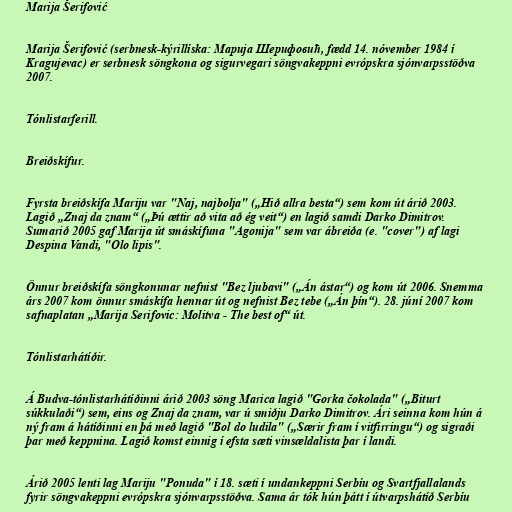
Marija Šerifović

Marija Šerifović (serbnesk-kýrillíska: Марија Шерифовић, fædd 14. nóvember 1984 í
Kragujevac) er serbnesk söngkona og sigurvegari söngvakeppni evrópskra sjónvarpsstöðva
2007.

Tónlistarferill.

Breiðskífur.

Fyrsta breiðskífa Mariju var "Naj, najbolja" („Hið allra besta“) sem kom út árið 2003.
Lagið „Znaj da znam“ („Þú ættir að vita að ég veit“) en lagið samdi Darko Dimitrov.
Sumarið 2005 gaf Marija út smáskífuna "Agonija" sem var ábreiða (e. "cover") af lagi
Despina Vandi, "Olo lipis".

Önnur breiðskífa söngkonunar nefnist "Bez ljubavi" („Án ástar“) og kom út 2006. Snemma
árs 2007 kom önnur smáskífa hennar út og nefnist Bez tebe („Án þín“). 28. júní 2007 kom
safnaplatan „Marija Serifovic: Molitva - The best of“ út.

Tónlistarhátíðir.

Á Budva-tónlistarhátíðinni árið 2003 söng Marica lagið "Gorka čokolada" („Biturt
súkkulaði“) sem, eins og Znaj da znam, var ú smiðju Darko Dimitrov. Ári seinna kom hún á
ný fram á hátíðinni en þá með lagið "Bol do ludila" („Særir fram í vitfirringu“) og sigraði
þar með keppnina. Lagið komst einnig í efsta sæti vinsældalista þar í landi.

Árið 2005 lenti lag Mariju "Ponuda" í 18. sæti í undankeppni Serbíu og Svartfjallalands
fyrir söngvakeppni evrópskra sjónvarpsstöðva. Sama ár tók hún þátt í útvarpshátíð Serbíu